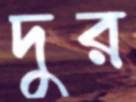
দুর